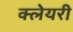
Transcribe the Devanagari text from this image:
क्लेयरी